Source: Handwritten
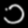
Digit: ၁ (1)